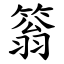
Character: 䈵